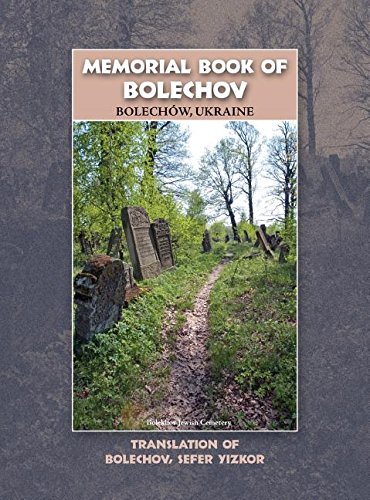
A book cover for Memorial Book of Bolekhov (BolechÃ³w), Ukraine - Translation of Sefer ha-Zikaron le-Kedoshei Bolechow; y. Eshel; History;